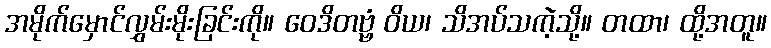
အမိုက်မှောင်လွှမ်းမိုးခြင်းကို။ ဝေဒိတဗ္ဗံ ဝိယ၊ သိအပ်သကဲ့သို့။ တထာ၊ ထို့အတူ။